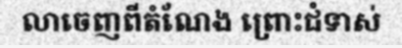
លាចេញពីតំណែង ព្រោះជំទាស់